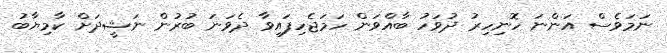
ނަމަވެސް އަންނަ ހޮނިހިރު ދުވަހު ބާއްވަން ހަމަޖެހިފައިވާ ދެވަނަ ބުރުން ނަޝީދަށް ކާމިޔާބު